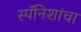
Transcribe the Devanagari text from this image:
स्पॅनिशांचा